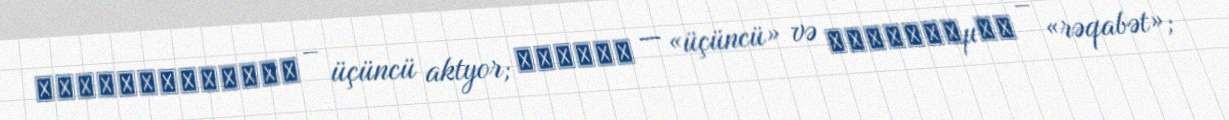
τριταγωνιστής – üçüncü aktyor; τριτος — «üçüncü» və αγωνίζομαι – «rəqabət»;